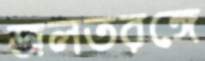
জলতরঙ্গে